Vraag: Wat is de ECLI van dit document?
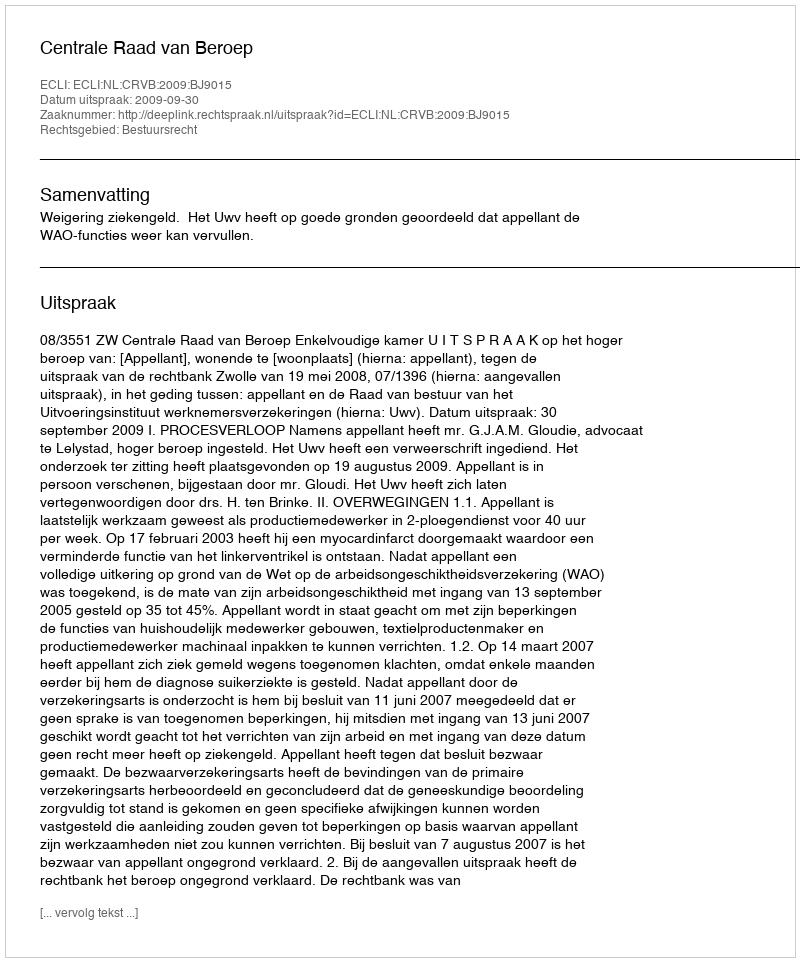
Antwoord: ECLI:NL:CRVB:2009:BJ9015